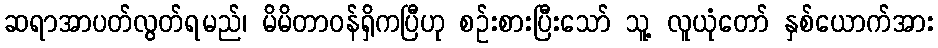
ဆရာအာပတ်လွတ်ရမည်၊ မိမိတာဝန်ရှိကပြီဟု စဉ်းစားပြီးသော် သူ့ လူယုံတော် နှစ်ယောက်အား